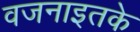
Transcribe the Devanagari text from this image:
वजनाइतके